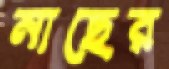
নাছের